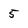
Character: 5